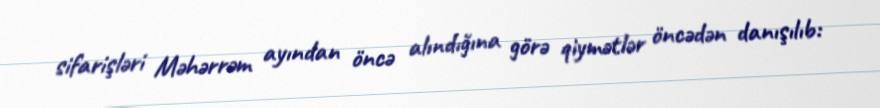
sifarişləri Məhərrəm ayından öncə alındığına görə qiymətlər öncədən danışılıb: